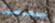
سمبسون